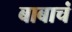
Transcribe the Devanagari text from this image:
बाबाचं